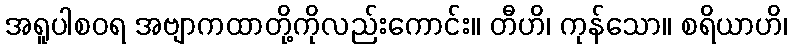
အရူပါစဝရ အဗျာကထာတို့ကိုလည်းကောင်း။ တီဟိ၊ ကုန်သော။ စရိယာဟိ၊